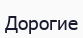
Дорогие